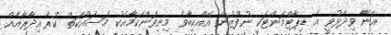
އޭނާ ވިދާޅުވީ އެ ޑިޕާޓްމަންޓަކީ ނުފޫޒުން އެއްކިބާވެ މިނިވަންކަމާއެކު މަސައްކަތް ކުރާ އިދާރާއެއް